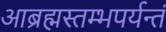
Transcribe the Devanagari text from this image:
आब्रह्मस्तम्भपर्यन्तं